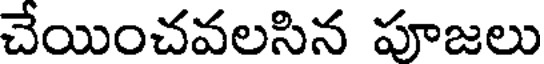
చేయించవలసిన పూజలు